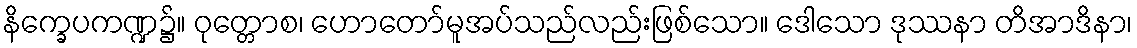
နိက္ခေပကဏ္ဍ၌။ ဝုတ္တောစ၊ ဟောတော်မူအပ်သည်လည်းဖြစ်သော။ ဒေါသော ဒုဿနာ တိအာဒိနာ၊